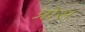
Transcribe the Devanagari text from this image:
प्रोस